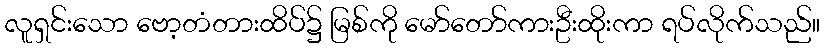
လူရှင်းသော ဗော့တံတားထိပ်၌ မြစ်ကို မော်တော်ကားဦးထိုးကာ ရပ်လိုက်သည်။